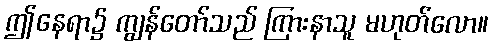
ဤနေရာ၌ ကျွန်တော်သည် ကြားနာသူ မဟုတ်လော။